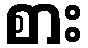
စား